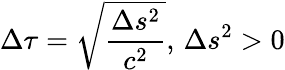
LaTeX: \Delta\tau={\sqrt{\frac{\Delta s^{2}}{c^{2}}}},\, \Delta s^{2}>0